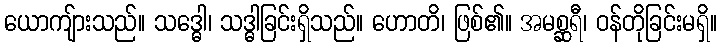
ယောကျ်ားသည်။ သဒ္ဓေါ၊ သဒ္ဓါခြင်းရှိသည်။ ဟောတိ၊ ဖြစ်၏။ အမစ္ဆရီ၊ ဝန်တိုခြင်းမရှိ။